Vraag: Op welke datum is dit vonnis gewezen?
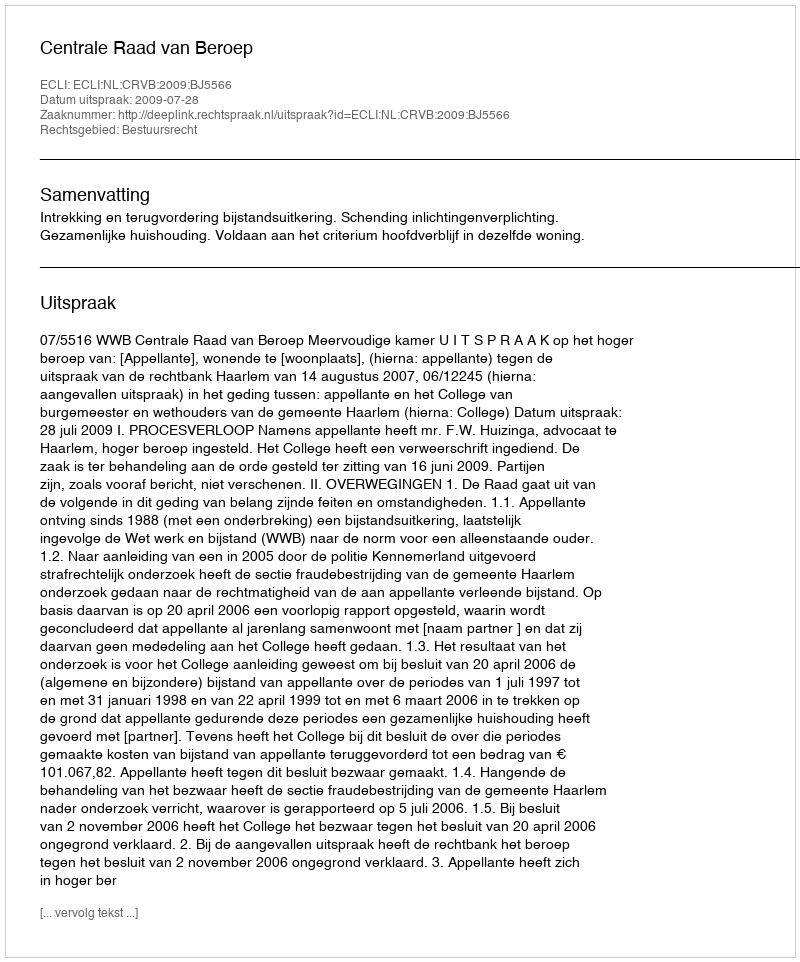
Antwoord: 2009-07-28